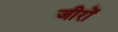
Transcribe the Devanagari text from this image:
जीरों